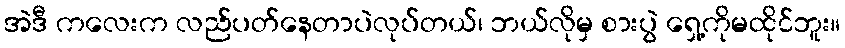
အဲဒီ ကလေးက လည်ပတ်နေတာပဲလုပ်တယ်၊ ဘယ်လိုမှ စားပွဲ ရှေ့ကိုမထိုင်ဘူး။